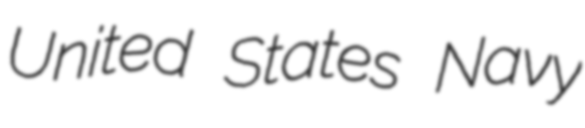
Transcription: United States Navy